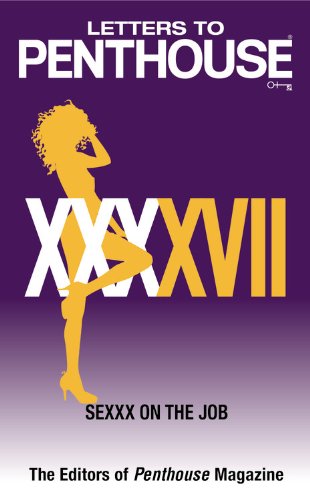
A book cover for Letters to Penthouse XXXXVII: SEXXX On the Job; Penthouse International; Romance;